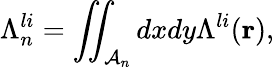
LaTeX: \Lambda_{n}^{li}=\iint_{\mathcal{A}_{n}}dxdy\Lambda^{li}(\mathbf{r}),